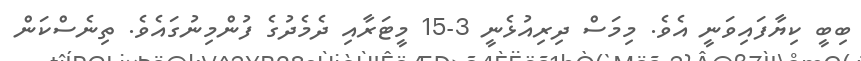
ބިބީ ކިޔާފައިވަނީ އެވެ. މިމަސް ދިރިއުޅެނީ 3-15 މީޓަރާއި ދެމެދުގެ ފުންމިނުގައެވެ. ތިނެސްކަން